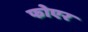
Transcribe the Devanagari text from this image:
फोएर